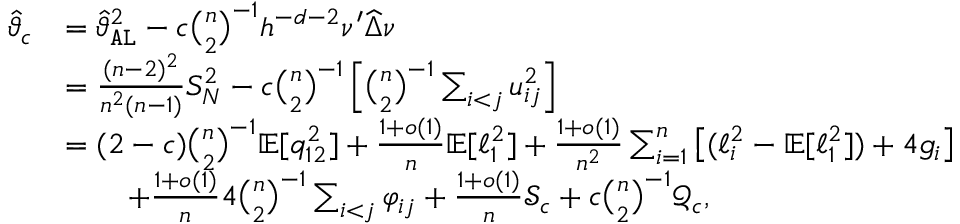
\begin{array} { r l } { \widehat { \vartheta } _ { \mathfrak { c } } } & { = \widehat { \vartheta } _ { \mathtt { A L } } ^ { 2 } - \mathfrak { c } \binom { n } { 2 } ^ { - 1 } h ^ { - d - 2 } \nu ^ { \prime } \widehat { \Delta } \nu } \\ & { = \frac { ( n - 2 ) ^ { 2 } } { n ^ { 2 } ( n - 1 ) } S _ { N } ^ { 2 } - \mathfrak { c } \binom { n } { 2 } ^ { - 1 } \left[ \binom { n } { 2 } ^ { - 1 } \sum _ { i < j } u _ { i j } ^ { 2 } \right] } \\ & { = ( 2 - \mathfrak { c } ) \binom { n } { 2 } ^ { - 1 } \mathbb { E } [ q _ { 1 2 } ^ { 2 } ] + \frac { 1 + o ( 1 ) } { n } \mathbb { E } [ \ell _ { 1 } ^ { 2 } ] + \frac { 1 + o ( 1 ) } { n ^ { 2 } } \sum _ { i = 1 } ^ { n } \big [ ( \ell _ { i } ^ { 2 } - \mathbb { E } [ \ell _ { 1 } ^ { 2 } ] ) + 4 g _ { i } \big ] } \\ & { \qquad + \frac { 1 + o ( 1 ) } { n } 4 \binom { n } { 2 } ^ { - 1 } \sum _ { i < j } \varphi _ { i j } + \frac { 1 + o ( 1 ) } { n } \mathcal { S } _ { \mathfrak { c } } + \mathfrak { c } \binom { n } { 2 } ^ { - 1 } \mathcal { Q } _ { \mathfrak { c } } , } \end{array}